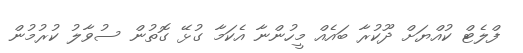
ފްލެޓް ކުއްޔަށް ދޫކުރާ ބައެއް މީހުންނާ އެކަމާ ގުޅޭ ގޮތުން ސުވާލު ކުރުމުން